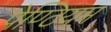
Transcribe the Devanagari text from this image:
पेण्टियम